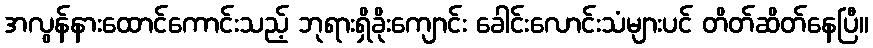
အလွန်နားထောင်ကောင်းသည့် ဘုရားရှိခိုးကျောင်း ခေါင်းလောင်းသံများပင် တိတ်ဆိတ်နေပြီ။